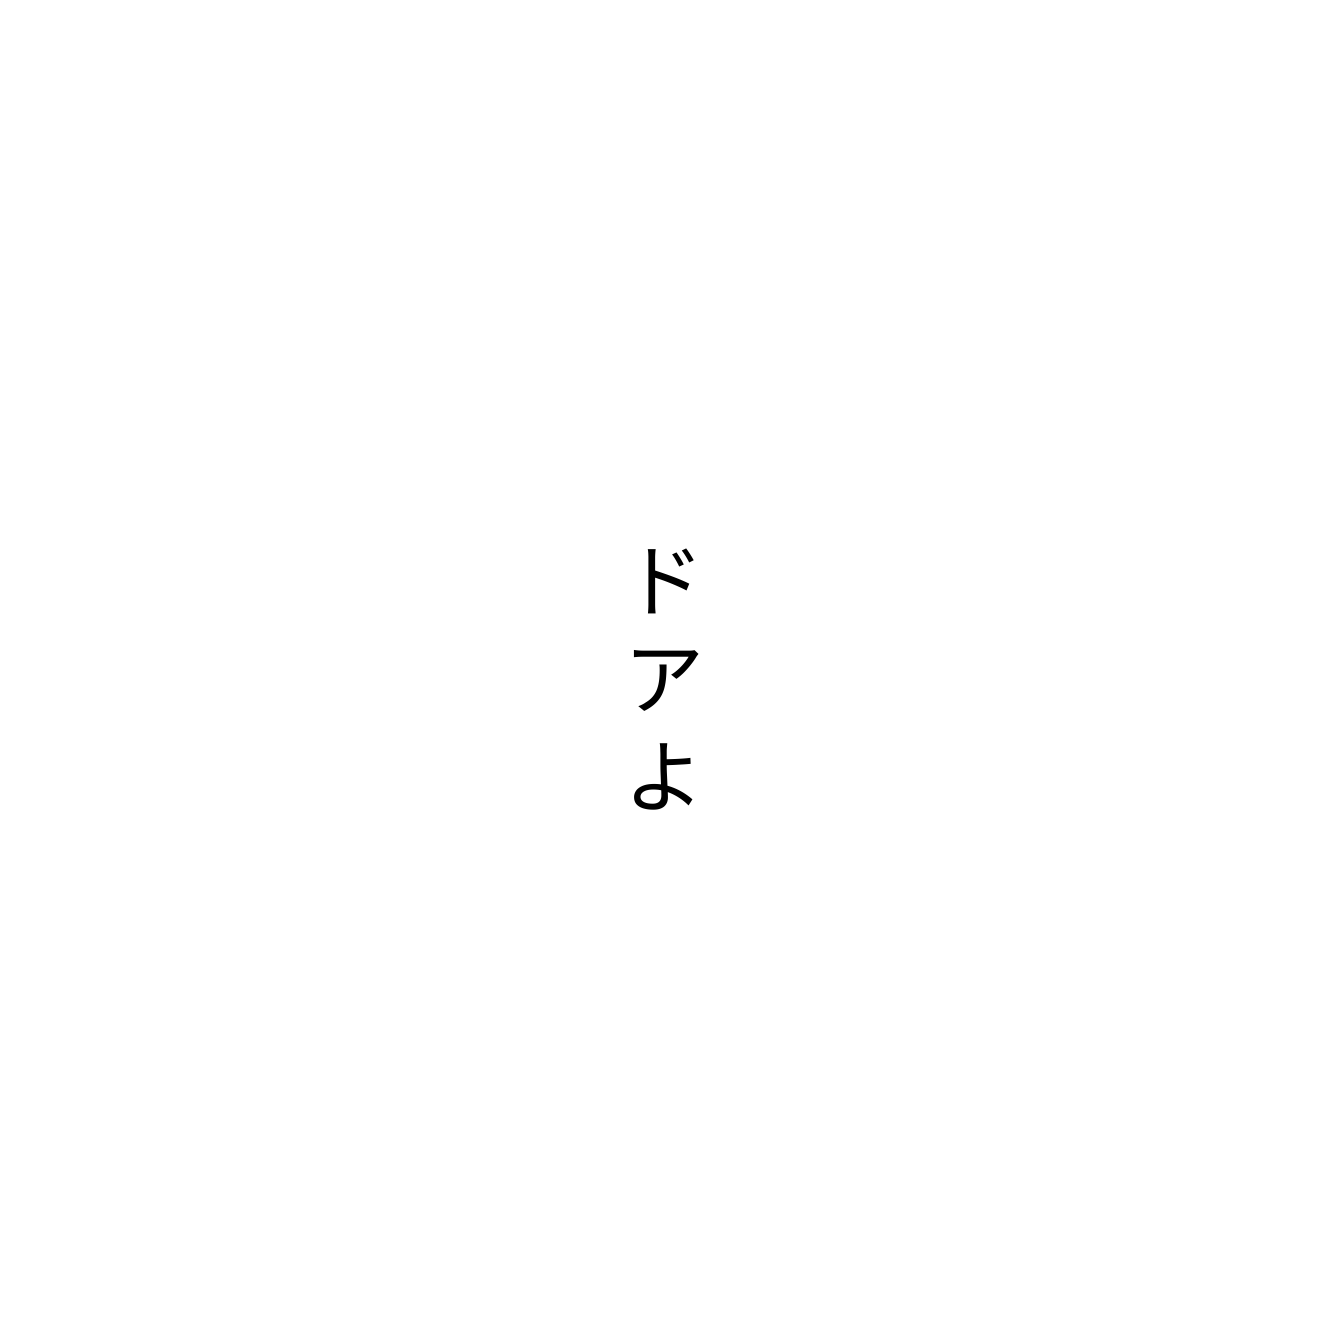
ドアよ